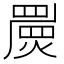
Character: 𤐁